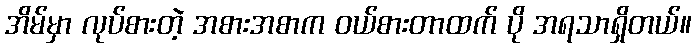
အိမ်မှာ လုပ်စားတဲ့ အစားအစာက ဝယ်စားတာထက် ပို အရသာရှိတယ်။